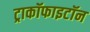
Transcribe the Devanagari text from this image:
ट्राकॉफाइटॉन